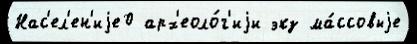
Нас'ел'ен'иjе0 арх'еоло́г'иjи экз ма́ссовыjе